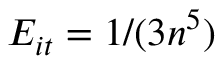
E _ { i t } = 1 / ( 3 n ^ { 5 } )